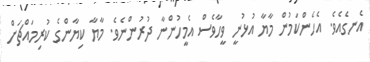
އެނގެއެވެ. އެހެންކަމުން މާޔާ އުޅުނީ ވީހާވެސް އެމީހުންނާ ދުރުންނެވެ. މާޔާ ކިޔާންގެ ކުރިމައްޗަށް